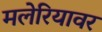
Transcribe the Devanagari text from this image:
मलेरियावर